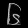
Digit: ၆